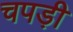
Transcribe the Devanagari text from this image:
चपड़ी